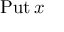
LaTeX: \operatorname { P u t } x